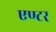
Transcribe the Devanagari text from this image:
एण्टर